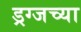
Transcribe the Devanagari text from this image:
ड्रग्जच्या